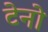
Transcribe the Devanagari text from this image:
टेनो